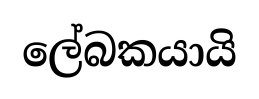
ලේබකයායි